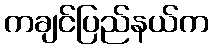
ကချင်ပြည်နယ်က